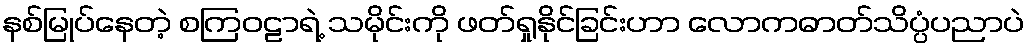
နစ်မြုပ်နေတဲ့ စကြဝဠာရဲ့ သမိုင်းကို ဖတ်ရှုနိုင်ခြင်းဟာ လောကဓာတ်သိပ္ပံပညာပဲ